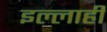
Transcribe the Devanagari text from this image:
इल्लाही